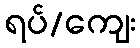
ရပ်/ကျေး